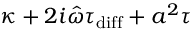
\kappa + 2 i \hat { \omega } \tau _ { \mathrm { d i f f } } + a ^ { 2 } \tau